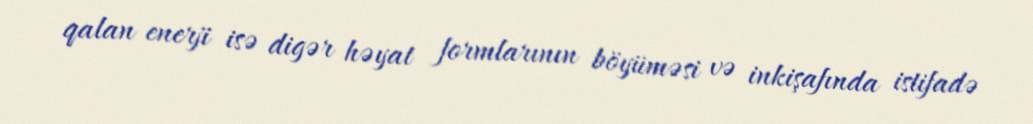
qalan enerji isə digər həyat formlarının böyüməsi və inkişafında istifadə